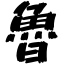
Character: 魯